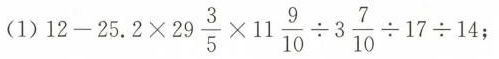
(1)$$1 2 - 2 5 . 2 \times 2 9 \frac { 3 } { 5 } \times 1 1 \frac { 9 } { 1 0 } \div 3 \frac { 7 } { 1 0 } \div 1 7 \div 1 4$$；